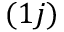
( 1 j )